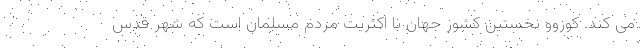
می کند. کوزوو نخستین کشور جهان با اکثریت مردم مسلمان است که شهر قدس